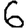
Digit: 6